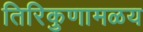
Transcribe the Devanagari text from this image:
तिरिकुणामळय